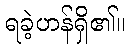
ရခဲ့ဟန်ရှိ၏။